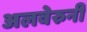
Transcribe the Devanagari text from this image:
अलवेरुनी